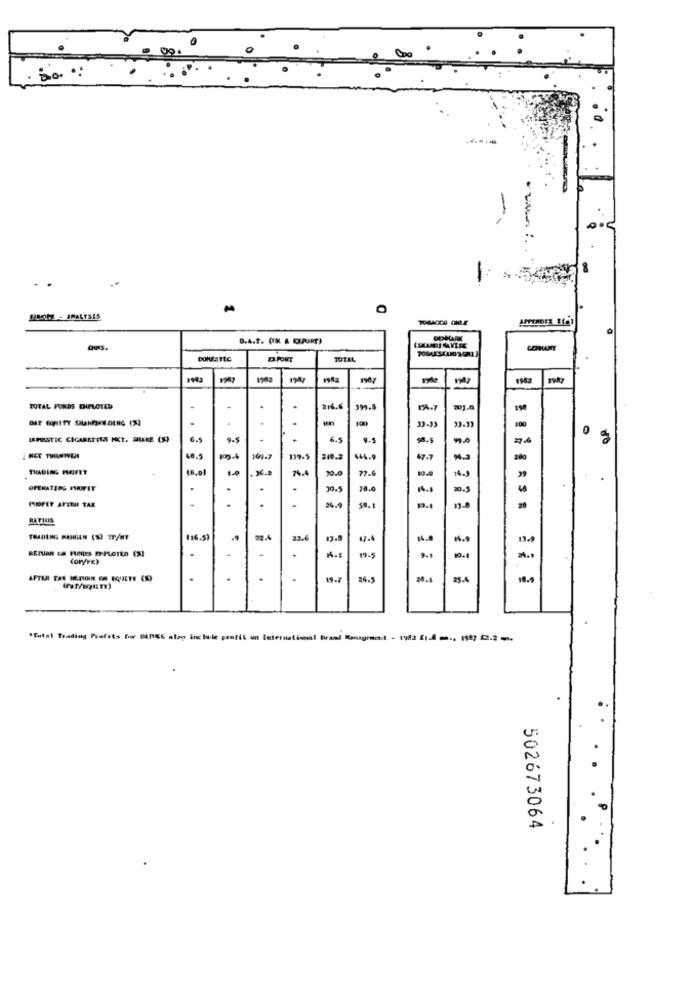
00
PLONE - JMALTSIS
TOBACCO CHLE
D.A.T. (UK A DUPORT)
DOMESTIC
D.FORT
TOTAL
1943
1902
1907
1982
TOTAL FUNDS EHPLOTED
.
216.6
₪A.7
201.6
.
100
100
0
LAMESTIC CIGARETELS PKT. SLAKE (S)
6.5
6.5
9.5
98.5
80
48.5
167.7
444.
47.7
200
TRADING HOFET
48.01
. X6.2
76.4
10.0
77.6
OPERATING PROFIT
.
.
.
78.0
MIOFET AFTHE TAK
.
.
.
24.9
19.1
20
BATIOS
TRADING MARGEN (S) IT/HT
(16.5)
23.6
47.4
13.9
.
19-5
10.
AFTER TAX IN.PUOIIN CH EQUETE (S)
.
.
.
.
19.7
26.5
25.4
18.9
.Tutal Trading Pyafels fir BANKS alap inc tule profil an International
502673064
... ...
..